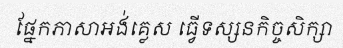
ផ្នែកភាសាអង់គ្លេស ធ្វើទស្សនកិច្ចសិក្សា